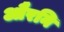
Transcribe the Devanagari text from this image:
औरनि